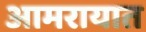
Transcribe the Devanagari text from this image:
आमरायात